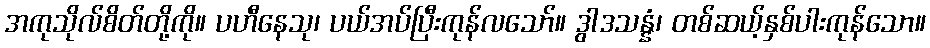
အကုသိုလ်စိတ်တို့ကို။ ပဟီနေသု၊ ပယ်အပ်ပြီးကုန်လသော်။ ဒွါဒသန္နံ၊ တစ်ဆယ့်နှစ်ပါးကုန်သော။